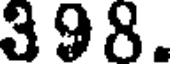
398.